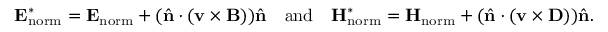
\mathbf { E } _ { \mathrm { n o r m } } ^ { * } = \mathbf { E } _ { \mathrm { n o r m } } + ( \hat { \mathbf { n } } \cdot ( \mathbf { v } \times \mathbf { B } ) ) \hat { \mathbf { n } } \quad \mathrm { a n d } \quad \mathbf { H } _ { \mathrm { n o r m } } ^ { * } = \mathbf { H } _ { \mathrm { n o r m } } + ( \hat { \mathbf { n } } \cdot ( \mathbf { v } \times \mathbf { D } ) ) \hat { \mathbf { n } } .